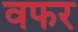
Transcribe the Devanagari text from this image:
वफर